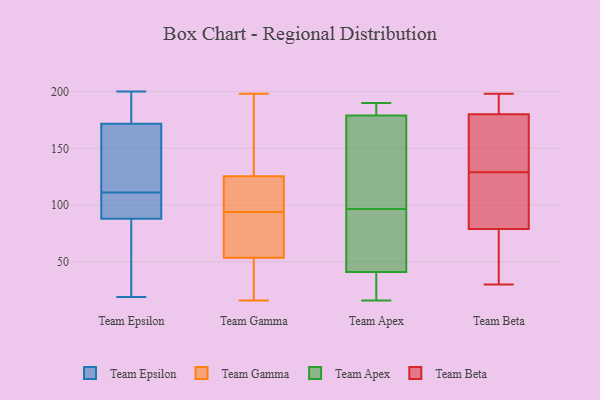
{"axis": {"x": "LTV (USD)", "y": "Value"}, "legend": ["Team Apex", "Team Beta", "Team Epsilon", "Team Gamma"], "data": [{"x": "", "y": 89, "type": "Team Epsilon"}, {"x": "", "y": 134, "type": "Team Epsilon"}, {"x": "", "y": 200, "type": "Team Epsilon"}, {"x": "", "y": 111, "type": "Team Epsilon"}, {"x": "", "y": 164, "type": "Team Epsilon"}, {"x": "", "y": 123, "type": "Team Epsilon"}, {"x": "", "y": 19, "type": "Team Epsilon"}, {"x": "", "y": 85, "type": "Team Epsilon"}, {"x": "", "y": 195, "type": "Team Epsilon"}, {"x": "", "y": 108, "type": "Team Epsilon"}, {"x": "", "y": 199, "type": "Team Epsilon"}, {"x": "", "y": 55, "type": "Team Epsilon"}, {"x": "", "y": 107, "type": "Team Epsilon"}, {"x": "", "y": 46, "type": "Team Gamma"}, {"x": "", "y": 16, "type": "Team Gamma"}, {"x": "", "y": 30, "type": "Team Gamma"}, {"x": "", "y": 114, "type": "Team Gamma"}, {"x": "", "y": 124, "type": "Team Gamma"}, {"x": "", "y": 100, "type": "Team Gamma"}, {"x": "", "y": 57, "type": "Team Gamma"}, {"x": "", "y": 130, "type": "Team Gamma"}, {"x": "", "y": 148, "type": "Team Gamma"}, {"x": "", "y": 94, "type": "Team Gamma"}, {"x": "", "y": 68, "type": "Team Gamma"}, {"x": "", "y": 198, "type": "Team Gamma"}, {"x": "", "y": 56, "type": "Team Gamma"}, {"x": "", "y": 93, "type": "Team Apex"}, {"x": "", "y": 147, "type": "Team Apex"}, {"x": "", "y": 73, "type": "Team Apex"}, {"x": "", "y": 134, "type": "Team Apex"}, {"x": "", "y": 16, "type": "Team Apex"}, {"x": "", "y": 29, "type": "Team Apex"}, {"x": "", "y": 41, "type": "Team Apex"}, {"x": "", "y": 187, "type": "Team Apex"}, {"x": "", "y": 186, "type": "Team Apex"}, {"x": "", "y": 23, "type": "Team Apex"}, {"x": "", "y": 158, "type": "Team Apex"}, {"x": "", "y": 179, "type": "Team Apex"}, {"x": "", "y": 100, "type": "Team Apex"}, {"x": "", "y": 183, "type": "Team Apex"}, {"x": "", "y": 190, "type": "Team Apex"}, {"x": "", "y": 48, "type": "Team Apex"}, {"x": "", "y": 22, "type": "Team Apex"}, {"x": "", "y": 62, "type": "Team Apex"}, {"x": "", "y": 124, "type": "Team Beta"}, {"x": "", "y": 114, "type": "Team Beta"}, {"x": "", "y": 183, "type": "Team Beta"}, {"x": "", "y": 154, "type": "Team Beta"}, {"x": "", "y": 141, "type": "Team Beta"}, {"x": "", "y": 30, "type": "Team Beta"}, {"x": "", "y": 177, "type": "Team Beta"}, {"x": "", "y": 197, "type": "Team Beta"}, {"x": "", "y": 198, "type": "Team Beta"}, {"x": "", "y": 105, "type": "Team Beta"}, {"x": "", "y": 134, "type": "Team Beta"}, {"x": "", "y": 183, "type": "Team Beta"}, {"x": "", "y": 82, "type": "Team Beta"}, {"x": "", "y": 74, "type": "Team Beta"}, {"x": "", "y": 54, "type": "Team Beta"}, {"x": "", "y": 76, "type": "Team Beta"}]}